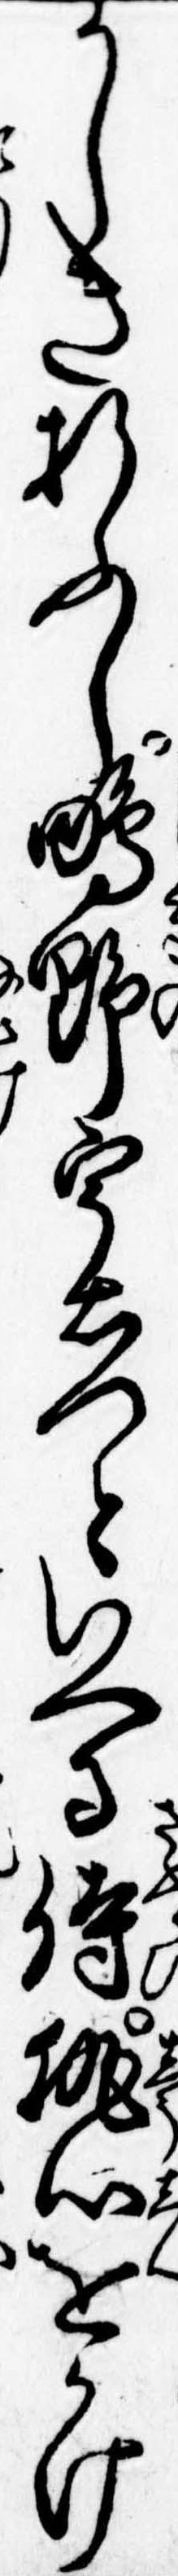
かしき折ふし鴫野宇右門といへる侍執心をかけ